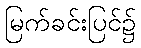
မြက်ခင်းပြင်၌